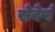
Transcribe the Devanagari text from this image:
सेवेर्ण